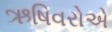
ઋષિવરોએ